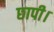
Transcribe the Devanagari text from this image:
छापी।